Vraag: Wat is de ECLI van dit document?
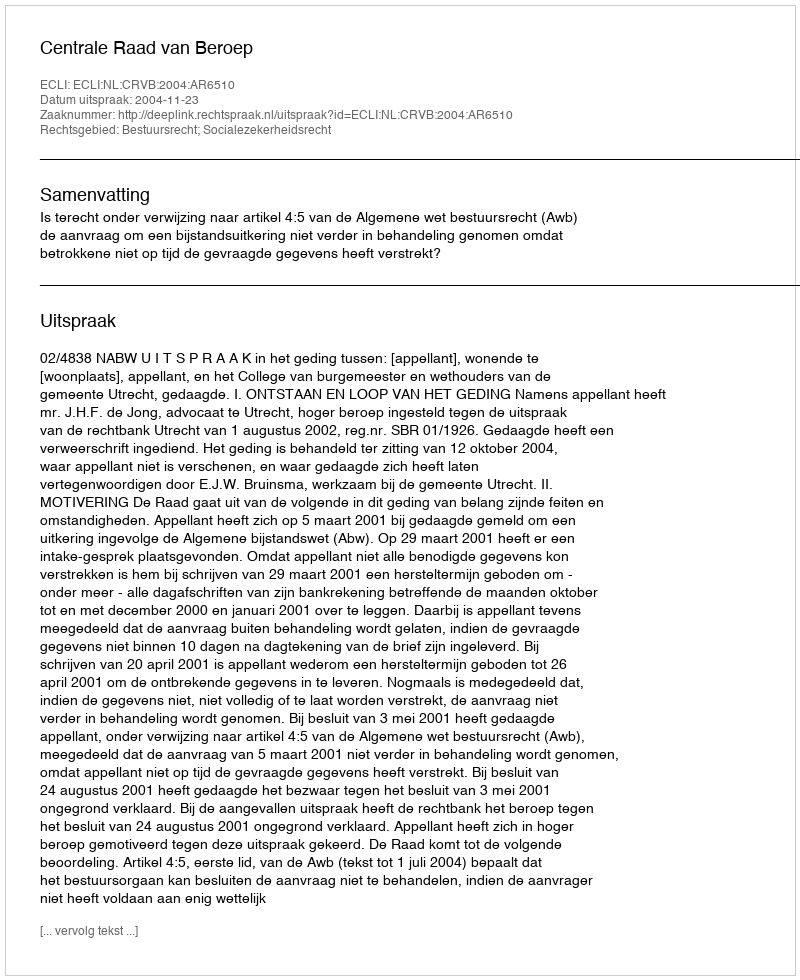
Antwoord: ECLI:NL:CRVB:2004:AR6510